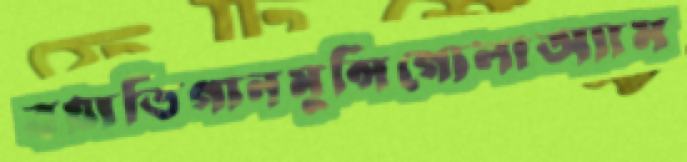
বয়াতিগানমুন্সিগোলাঅ্যাম